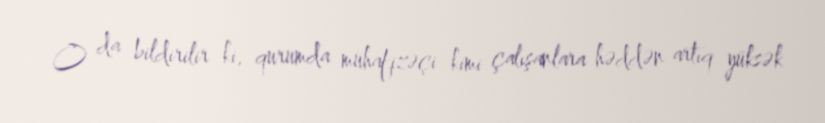
O da bildirilir ki, qurumda mühafizəçi kimi çalışanlara həddən artıq yüksək